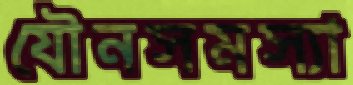
যৌনসমস্যা